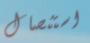
استئصال